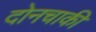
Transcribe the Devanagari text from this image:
दोनचाकी